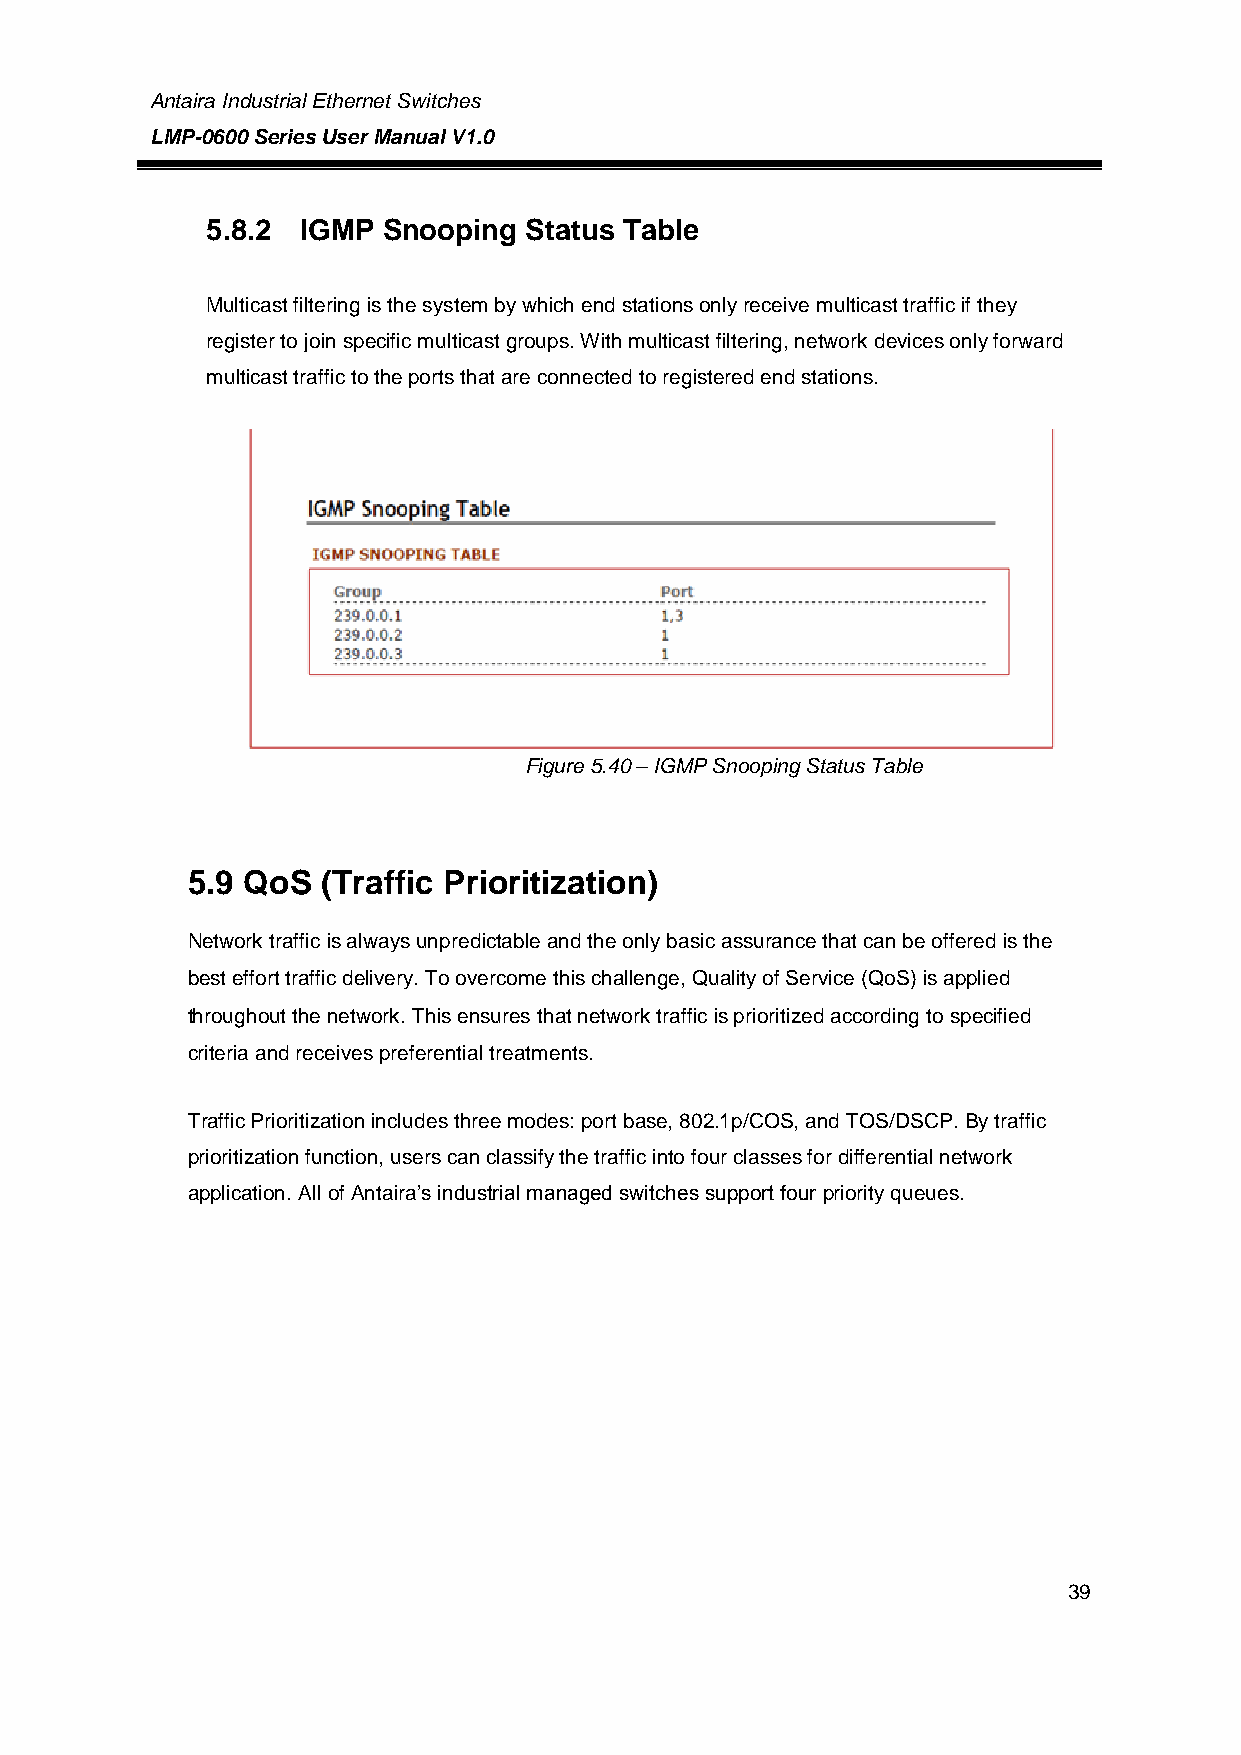
Antaira Industrial Ethernet Switches
 LMP-0600 Series User Manual V1.0
 5.8.2 IGMP Snooping  Status Table
 Multicast filtering is the system by which end stations only receive multicast traffic if they
 register to join specific multicast groups. With multicast filtering, network devices only forward
 multicast traffic to the ports that are connected to registered end stations.
 Figure 5.40 – IGMP Snooping Status Table
 5.9 QoS  (Traffic Prioritization)
 Network traffic is always unpredictable and the only basic assurance that can be offered is the
 best effort traffic delivery. To overcome this challenge, Quality of Service (QoS) is applied
 throughout the network. This ensures that network traffic is prioritized according to specified
 criteria and receives preferential treatments.
 Traffic Prioritization includes three modes: port base, 802.1p/COS, and TOS/DSCP. By traffic
 prioritization function, users can classify the traffic into four classes for differential network
 application. All of Antaira’s industrial managed switches support four priority queues.
 39